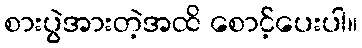
စားပွဲအားတဲ့အထိ စောင့်ပေးပါ။